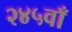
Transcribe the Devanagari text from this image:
२४५वाँ